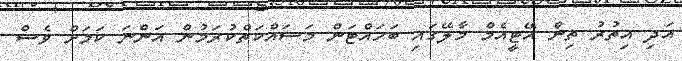
އަދި އިތުރު ތިން އޭޓީއެމް މާލޭގައި ބަހައްޓަން މަސައްކަތްކުރަމުން އަންނަ ކަމަށް ވެސް